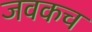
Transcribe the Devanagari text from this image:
जवकच